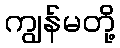
ကျွန်မတို့